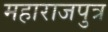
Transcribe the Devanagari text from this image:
महाराजपुत्र